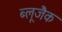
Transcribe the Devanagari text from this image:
ब्लूजैक